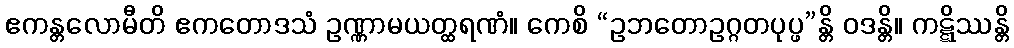
ဧကန္တလောမီတိ ဧကတောဒသံ ဥဏ္ဏာမယတ္ထရဏံ။ ကေစိ “ဥဘတောဥဂ္ဂတပုပ္ဖ”န္တိ ဝဒန္တိ။ ကဋ္ဋိဿန္တိ